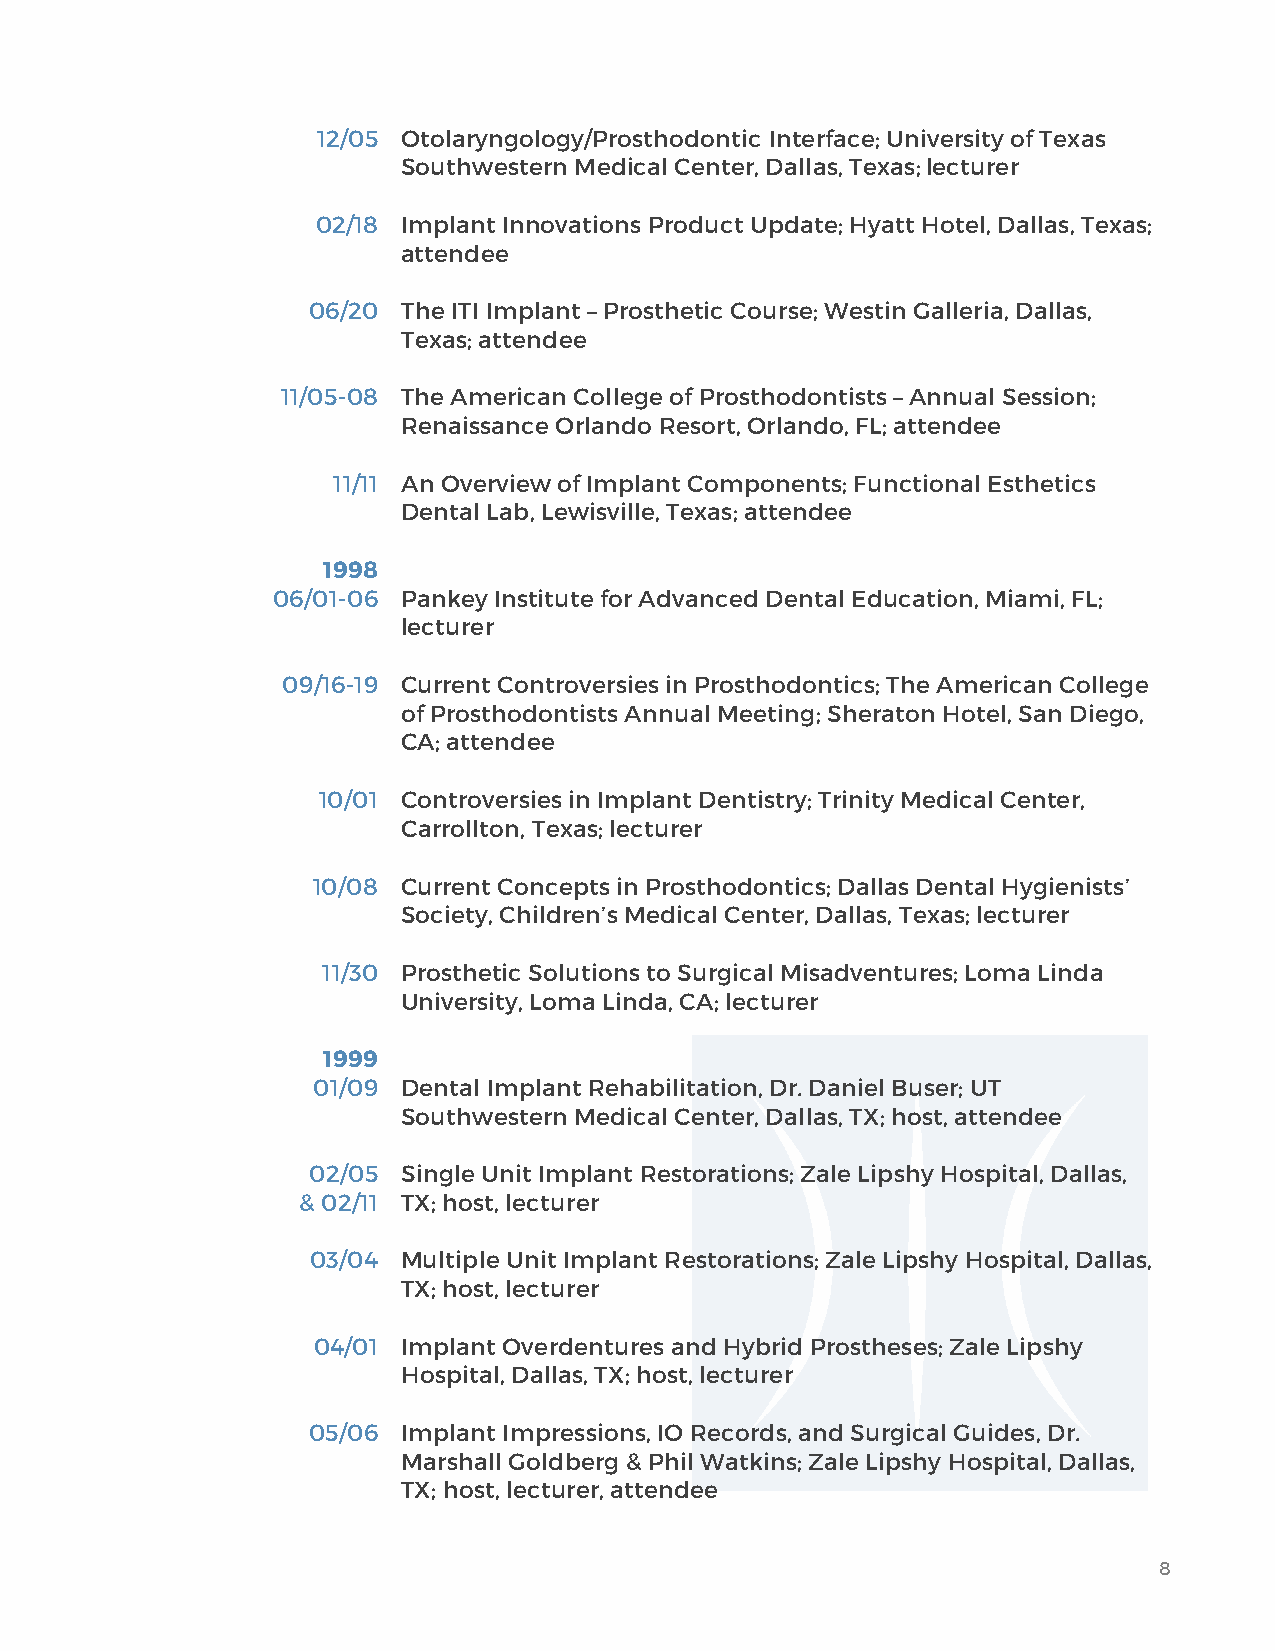
12/05 Otolaryngology/Prosthodontic Interface; University of Texas
 Southwestern Medical Center, Dallas, Texas; lecturer
 02/18 Implant Innovations Product Update; Hyatt Hotel, Dallas, Texas;
 attendee
 06/20  The ITI Implant – Prosthetic Course; Westin Galleria, Dallas,
 Texas; attendee
 11/05-08 The American College of Prosthodontists – Annual Session;
 Renaissance Orlando Resort, Orlando, FL; attendee
 11/11 An Overview of Implant Components; Functional Esthetics
 Dental Lab, Lewisville, Texas; attendee
 1998
 06/01-06 Pankey Institute for Advanced Dental Education, Miami, FL;
 lecturer
 09/16-19 Current Controversies in Prosthodontics; The American College
 of Prosthodontists Annual Meeting; Sheraton Hotel, San Diego,
 CA; attendee
 10/01 Controversies in Implant Dentistry; Trinity Medical Center,
 Carrollton, Texas; lecturer
 10/08 Current Concepts in Prosthodontics; Dallas Dental Hygienists’
 Society, Children’s Medical Center, Dallas, Texas; lecturer
 11/30 Prosthetic Solutions to Surgical Misadventures; Loma Linda
 University, Loma Linda, CA; lecturer
 1999
 01/09 Dental Implant Rehabilitation, Dr. Daniel Buser; UT
 Southwestern Medical Center, Dallas, TX; host, attendee
 02/05  Single Unit Implant Restorations; Zale Lipshy Hospital, Dallas,
 & 02/11 TX; host, lecturer
 03/04 Multiple Unit Implant Restorations; Zale Lipshy Hospital, Dallas,
 TX; host, lecturer
 04/01 Implant Overdentures and Hybrid Prostheses; Zale Lipshy
 Hospital, Dallas, TX; host, lecturer
 05/06  Implant Impressions, IO Records, and Surgical Guides, Dr.
 Marshall Goldberg & Phil Watkins; Zale Lipshy Hospital, Dallas,
 TX; host, lecturer, attendee
 8